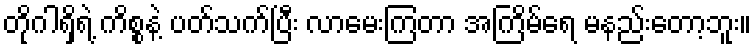
တိုဂါရှိရဲ့ ကိစ္စနဲ့ ပတ်သက်ပြီး လာမေးကြတာ အကြိမ်ရေ မနည်းတော့ဘူး။